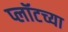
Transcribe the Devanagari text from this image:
प्लॉटच्या